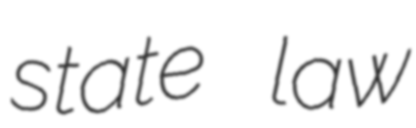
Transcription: state law